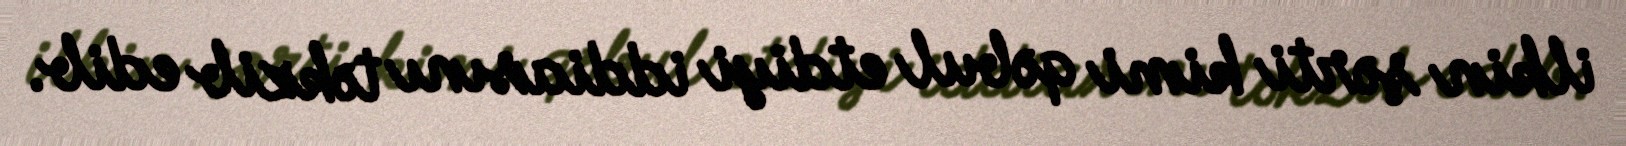
ilkin şərti kimi qəbul etdiyi iddiasını təkzib edib.